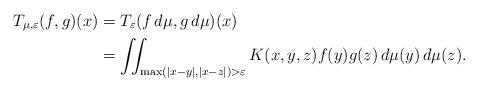
LaTeX: \begin{align*}T_{\mu, \varepsilon}(f,g)(x) &= T_{\varepsilon}(f\,d\mu, g\,d\mu)(x) \\&= \iint_{\max(|x-y|, |x-z|) > \varepsilon} K(x,y,z) f(y)g(z)\,d\mu(y)\,d\mu(z).\end{align*}